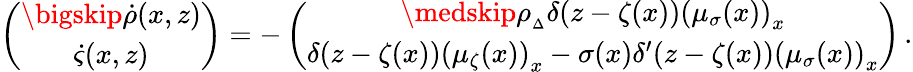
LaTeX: \left(\begin{array}{c}{\bigskip\dot{\rho}(x,z)}\\ {\dot{\varsigma}(x,z)}\end{array}\right)=-\left(\begin{array}{c}{\medskip\rho_{{}_{\Delta}}\delta(z-\zeta(x))\left(\mu_{{\sigma}}(x)\right)_{x}}\\ {\delta(z-\zeta(x))\left(\mu_{\zeta}(x)\right)_{x}-{\sigma}(x)\delta^{\prime}(z-\zeta(x))\left(\mu_{{\sigma}}(x)\right)_{x}}\end{array}\right)\, .